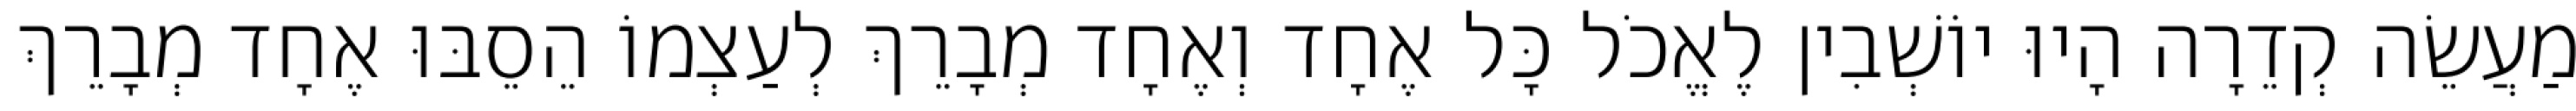
מַעֲשֵׂה קְדֵרָה הָיוּ יוֹשְׁבִין לֶאֱכֹל כָּל אֶחָד וְאֶחָד מְבָרֵךְ לְעַצְמוֹ הֵסֵבּוּ אֶחָד מְבָרֵךְ